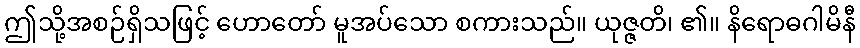
ဤသို့အစဉ်ရှိသဖြင့် ဟောတော် မူအပ်သော စကားသည်။ ယုဇ္ဇတိ၊ ၏။ နိရောဓဂါမိနီ